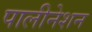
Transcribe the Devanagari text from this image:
पालीनेशन